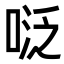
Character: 𭈠